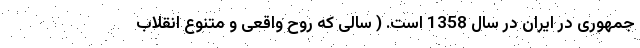
جمهوری در ایران در سال 1358 است. ( سالی که روح واقعی و متنوع انقلاب